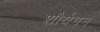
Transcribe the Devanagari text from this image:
शौर्यमन